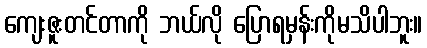
ကျေးဇူးတင်တာကို ဘယ်လို ပြောရမှန်းကိုမသိပါဘူး။